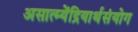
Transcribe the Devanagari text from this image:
असात्म्येंद्रियार्थसंयोग